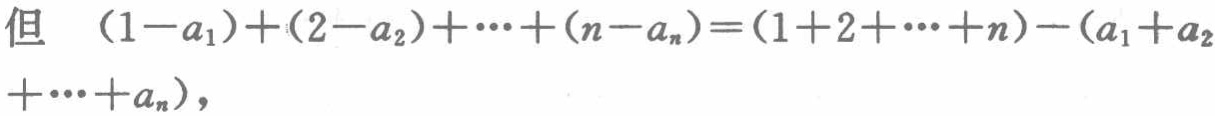
但 \((1 - a_{1})+(2 - a_{2})+\cdots+(n - a_{n})=(1 + 2+\cdots+n)-(a_{1}+a_{2}+\cdots+a_{n})\)，